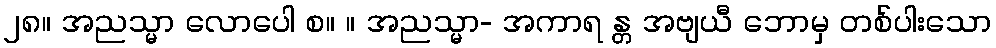
၂၈။ အညသ္မာ လောပေါ စ။ ။ အညသ္မာ- အကာရ န္တ အဗျယီ ဘောမှ တစ်ပါးသော